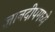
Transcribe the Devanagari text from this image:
ज्ञानदीपमध्ये